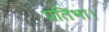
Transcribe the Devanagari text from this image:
प्रतिभा।